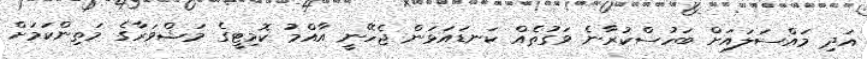
އަދި މައްސަލައަށް ބަހުސްކުރާނެ ވަގުތެއް ކަނޑައަޅަން ޖެހޭނީ އާއްމު ކޮމިޓީގެ މަޝްވަރާގެ މަތިންކަމަށް